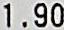
1.90